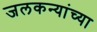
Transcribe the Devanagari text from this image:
जलकन्यांच्या